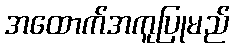
အထောက်အကူပြုမည်